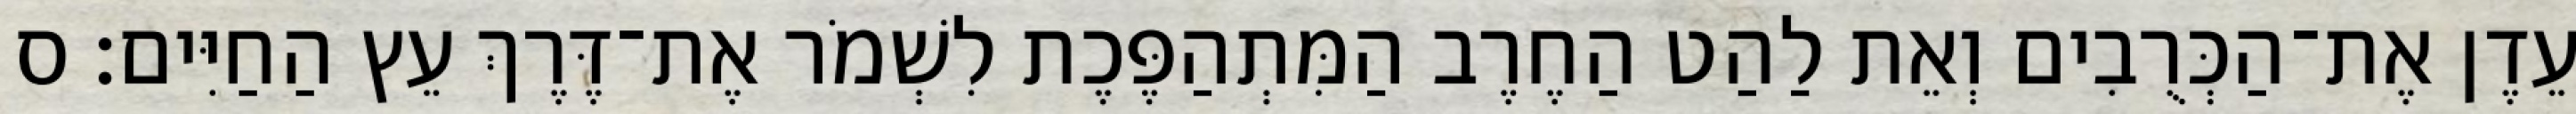
עֵדֶן אֶת־הַכְּרֻבִים וְאֵת לַהַט הַחֶרֶב הַמִּתְהַפֶּכֶת לִשְׁמֹר אֶת־דֶּרֶךְ עֵץ הַחַיִּים׃ ס